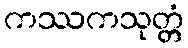
ကဿကသုတ္တံ